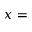
x =